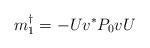
LaTeX: \begin{align*}m_1^{\dagger}=-Uv^*P_0vU\end{align*}